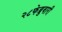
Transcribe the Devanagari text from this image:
२८फेब्रुवारी